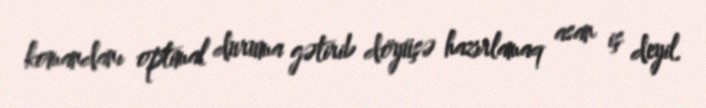
komandanı optimal duruma gətirib döyüşə hazırlamaq asan iş deyil.